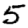
Digit: 5